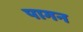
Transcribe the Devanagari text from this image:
पागन